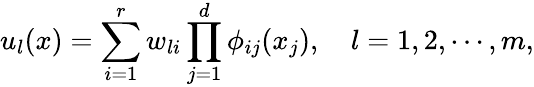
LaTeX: u_{l}(x)=\sum_{i=1}^{r}w_{li}\prod_{j=1}^{d}\phi_{ij}(x_{j}),\quad l=1,2,\cdots,m,